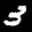
Label: 3